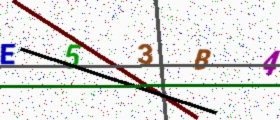
Text: E53B4